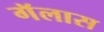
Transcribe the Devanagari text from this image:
गॅलास